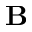
\mathbf { B }